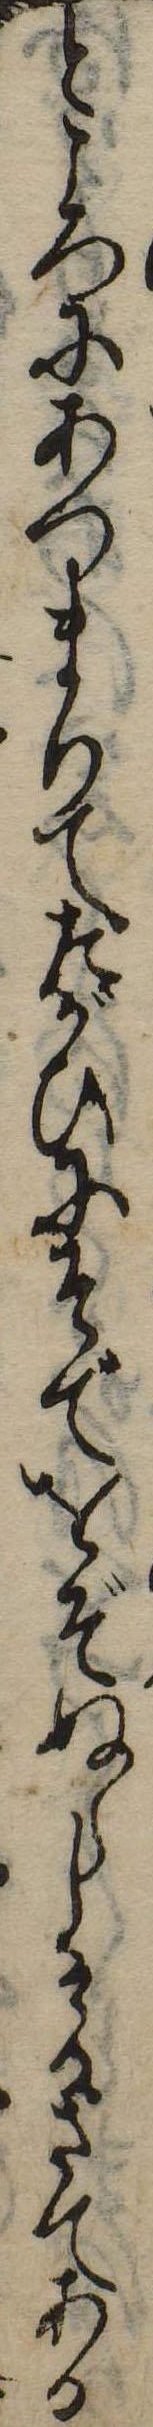
ところにあつまりてたがひにそでをぞぬらしけるさてある